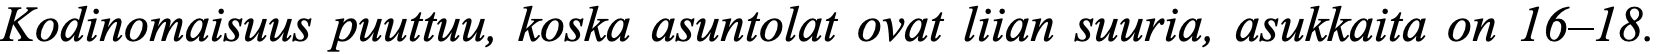
Kodinomaisuus puuttuu, koska asuntolat ovat liian suuria, asukkaita on 16–18.